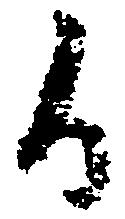
候